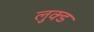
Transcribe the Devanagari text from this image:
लुक्ड